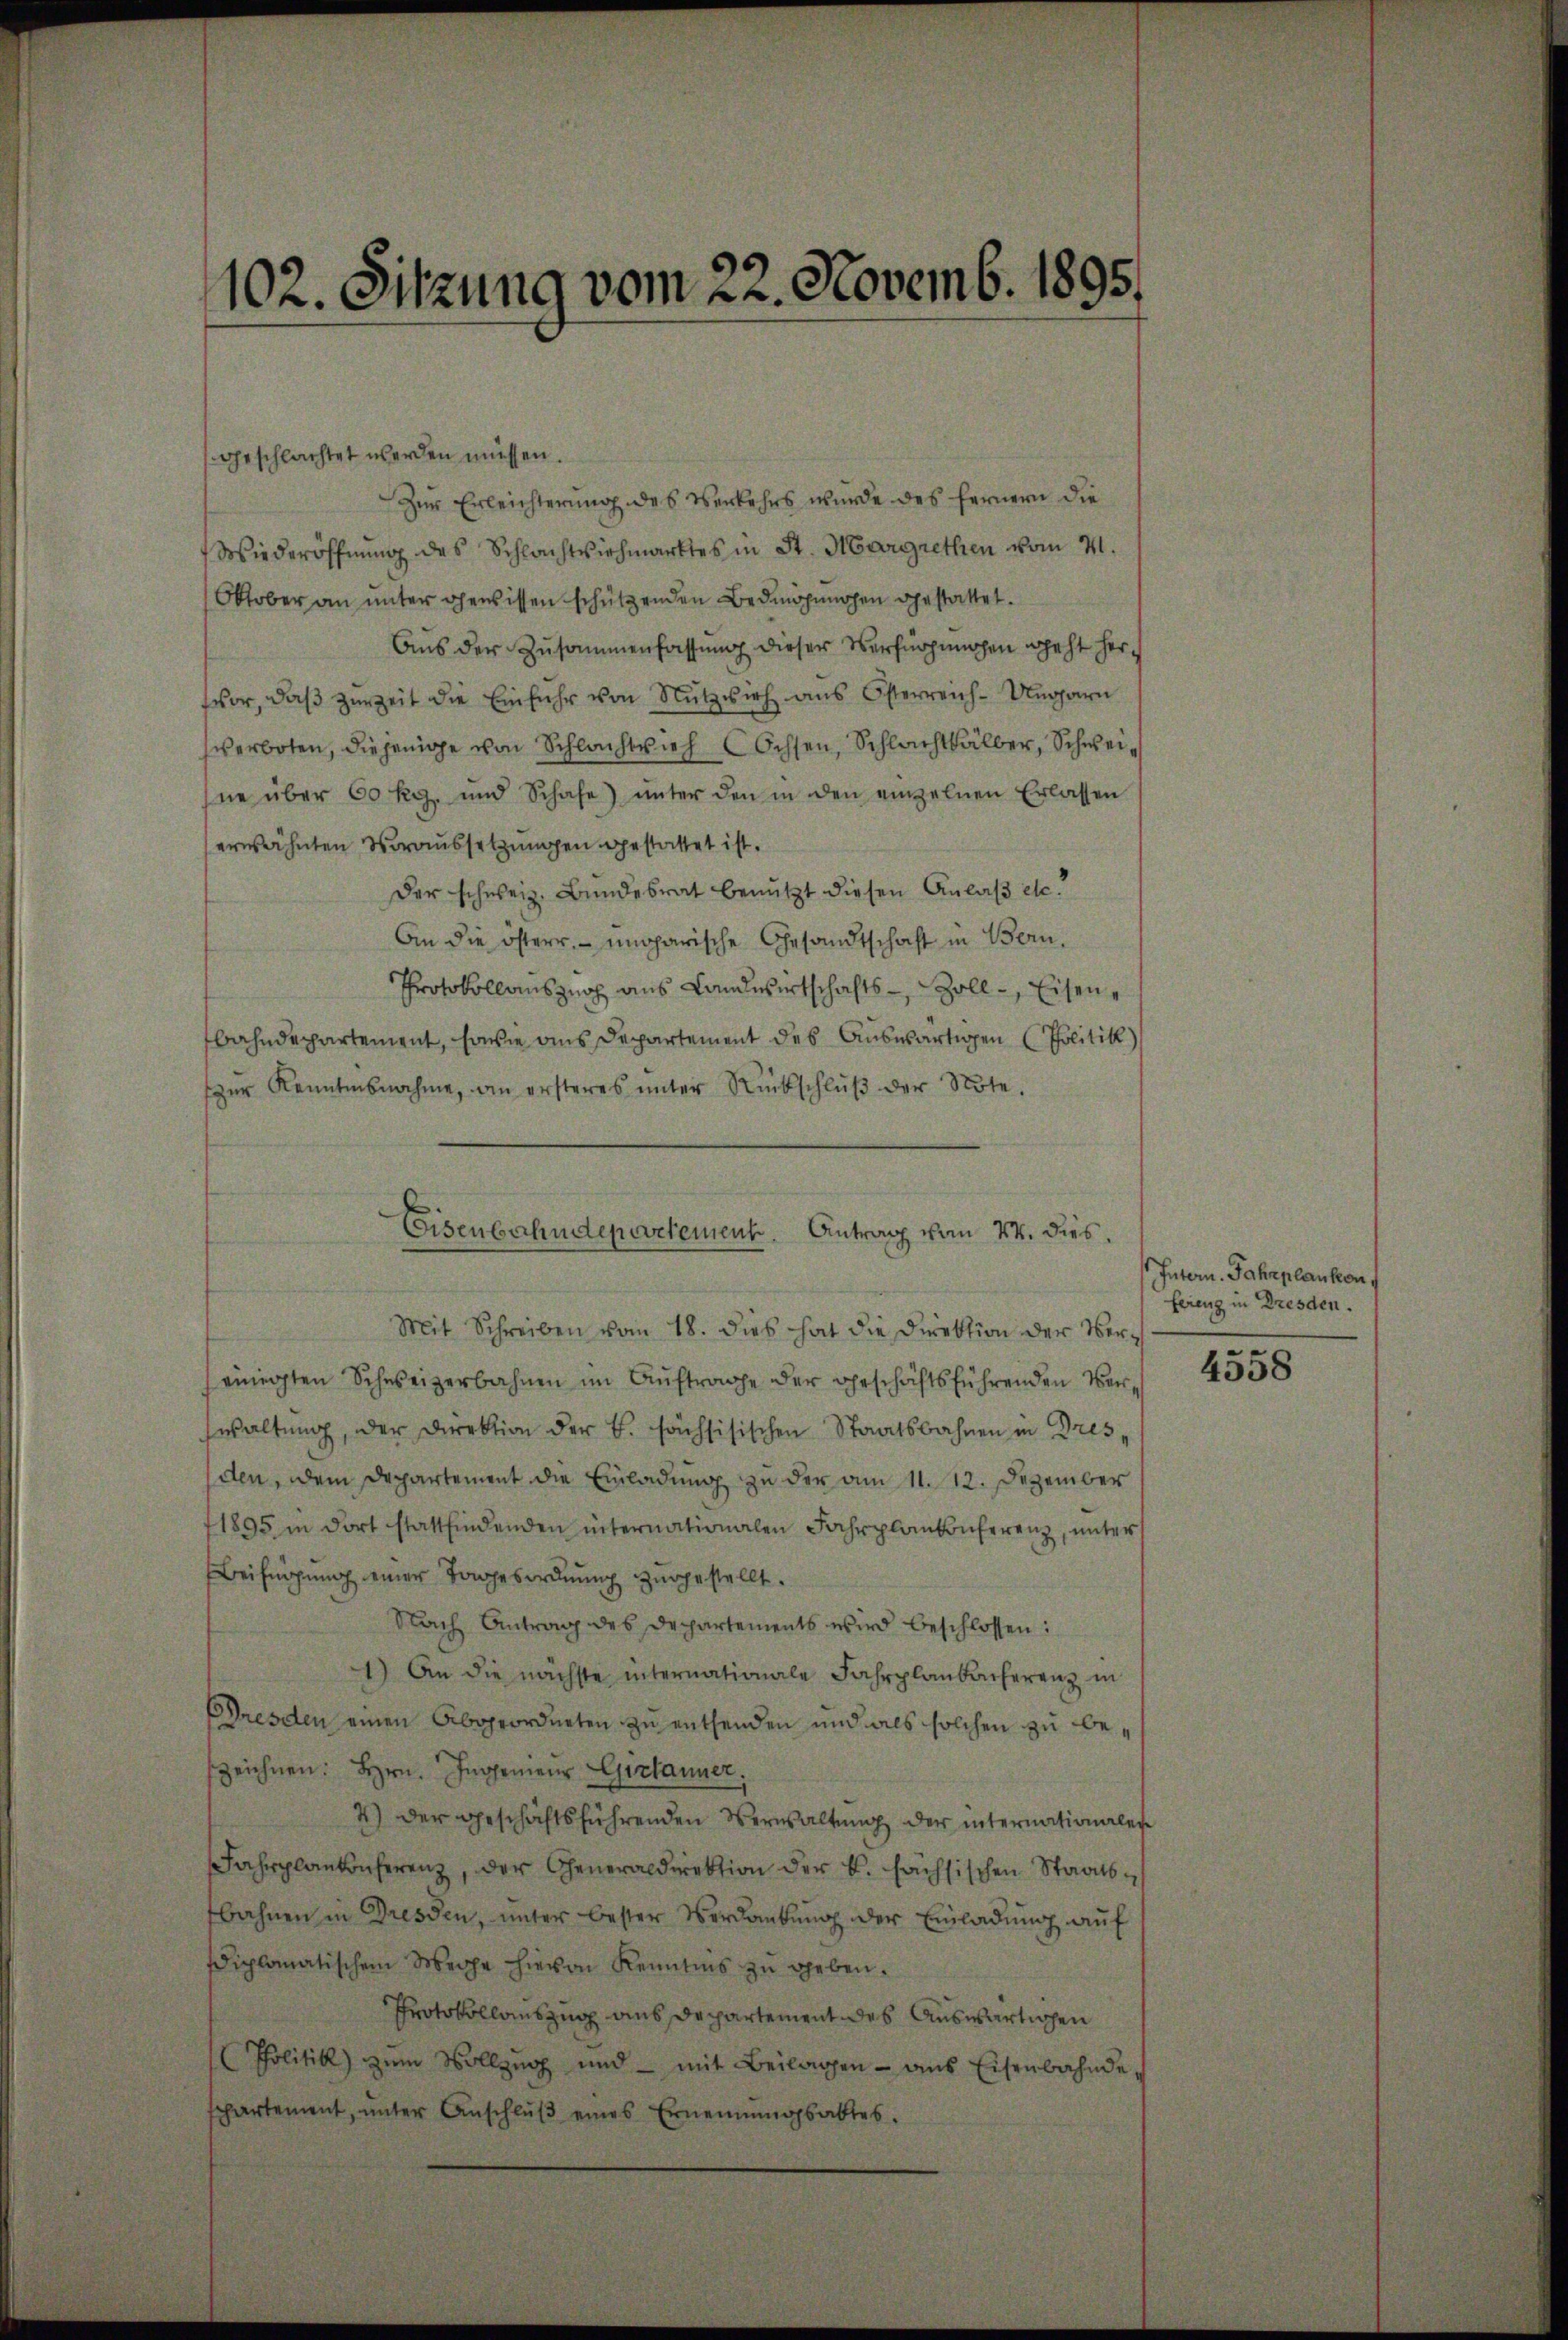
geschlachtet werden müssen.
Zur Erleichterung des Verkehrs wurde des fernern die
Wiederöffnung des Schlachtviehmarktes in St. Margrethen vom 21.
Oktober an unter gewissen schützenden Bedingungen gestattet.
Aus der Zusammenfassung dieser Verfügungen geht hertvor, daβ zŭr Zeit die Einführ von Nützvieh ans Österreich-Ungarn
verboten, diejenige von Schlachtvieh Ochsen, Schlachthalber, Schweine über 60 kg. und Schafe) unter den in den einzelnen Erlassen
erwähnten Voraussetzungen gestattet ist.
Der schweiz. Bundesrat benutzt diesen Anlaß etc.
An die österr. ungarische Gesandtschaft in Bern,
Protokollauszug aus Landwirtschafts-, Soll -, Eisenbahndepartement, sowie aus Departement des Auswärtigen Politik)
zŭr Kenntnisnahme, an ersteres ŭnter Rückschlŭβ der Note.
einigten Schweizerbahnen im Auftrage der geschäftsführenden Verwaltŭng, der Direktion der B. fachsisischen Staatsbahnen in Dres-
den, dem Departement die Einladung zu der am 11. 12. Dezember
1895 in dort stattfindenden internationalen Fahrplankonferenz, unter
Beifügung einer Tagesordnung zugestellt.
Nach Antrag des Departements wird beschlossen:
1.) An die nächste internationale Fahrplanbacherenz in
Dresden einen Abgeordneten zu enthenden und als solchen zu bezeichnen. Hrn. Ingenieur Gestauner,
4) der geschäftsführenden Verwaltŭng der internationales
Fahrplankonferenz, der Generaldirektion der B. sächsischen Staatsbahnen in Dresden, unter bester Verdankung der Einladung auf
diplomatischem Wege hievon Kenntnis zŭ geben.
Protokollauszug aus Departement des Auswärtigen
Politik zŭm Vollzug und mit Beilagen ans Eisenbahnde
spartement, ŭnter Anschlŭβ eines Ernennungsaktes.

102. Sitzung vom 22. Novemb. 1895.

Eisenbahndepartement. Antrag vom 24. dies
Mit Schreiben vom 18. dies hat die Direktion der Ver¬

Intern. Fahrplanken,
fereng in Dresden.

4558